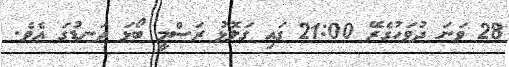
28 ވަނަ ދުވަހުގެރޭ 21:00 ގައި ގަލޮޅު ރަސްމީ ބޯޅަ ދަނޑުގަ އެވެ.